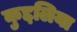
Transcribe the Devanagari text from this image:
कुद्दलिया